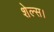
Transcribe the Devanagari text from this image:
शेल्स।